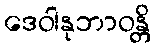
ဒေဝါနုဘာဝန္တိ